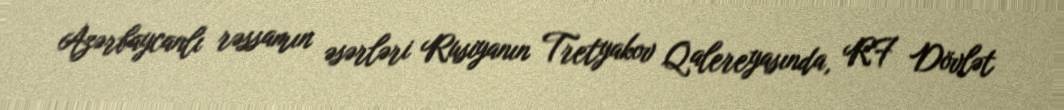
Azərbaycanlı rəssamın əsərləri Rusiyanın Tretyakov Qalereyasında, RF Dövlət